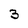
Character: 3